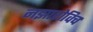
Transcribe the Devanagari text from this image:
नझारोविच